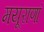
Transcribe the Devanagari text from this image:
मयूराणां